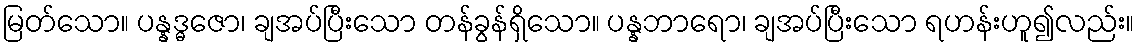
မြတ်သော။ ပန္နဒ္ဓဇော၊ ချအပ်ပြီးသော တန်ခွန်ရှိသော။ ပန္နဘာရော၊ ချအပ်ပြီးသော ရဟန်းဟူ၍လည်း။